Scottish Leaving Certificate Examination, 1957
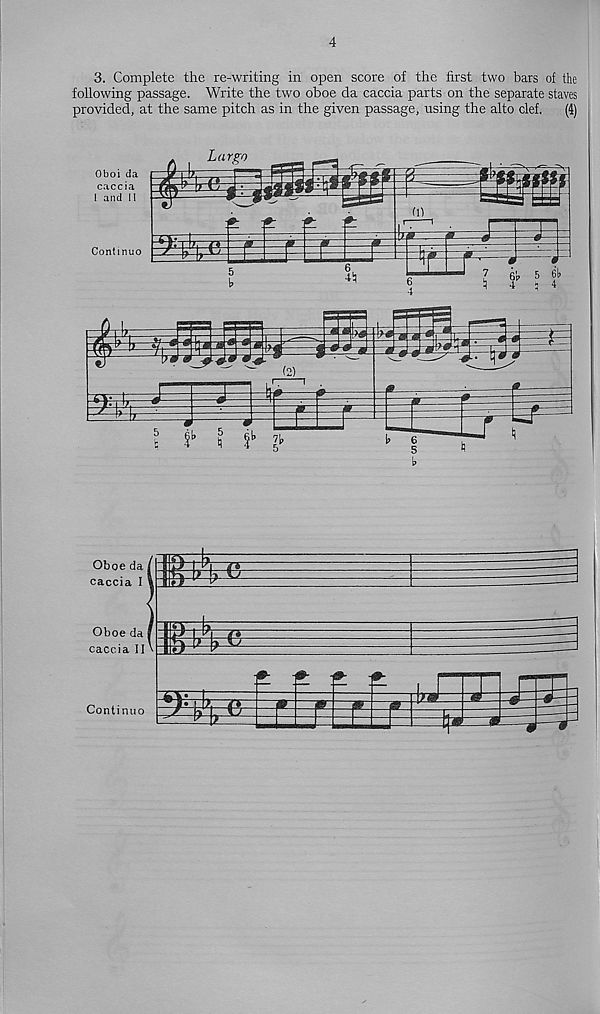
4
3. Complete the re-writing in open score of the first two bars of the
following passage. Write the two oboe da caccia parts on the separate staves
provided, at the same pitch as in the given passage, rising the alto clef. (4)